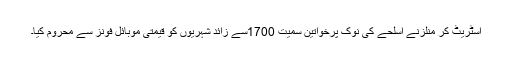
اسٹریٹ کر منلزنے اسلحے کی نوک پرخواتین سمیت 1700سے زائد شہریوں کو قیمتی موبائل فونز سے محروم کیا۔